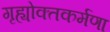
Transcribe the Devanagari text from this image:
गृह्योक्तकर्मणा